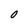
Character: O